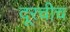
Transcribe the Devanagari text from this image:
दूरचीच